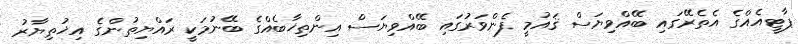
ޕާޓީއެއްގެ އެތެރޭގައި ބޭއްވިޔަސް ޤައުމީ ފެންވަރުގައި ބޭއްވިޔަސް އިންތިޚާބެއްގެ ބޭނުމަކީ ރައްޔިތުންގެ އިޚުތިޔާރު